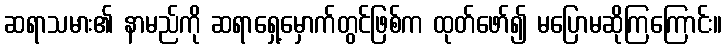
ဆရာသမား၏ နာမည်ကို ဆရာရှေ့မှောက်တွင်ဖြစ်က ထုတ်ဖော်၍ မပြောမဆိုကြကြောင်း။